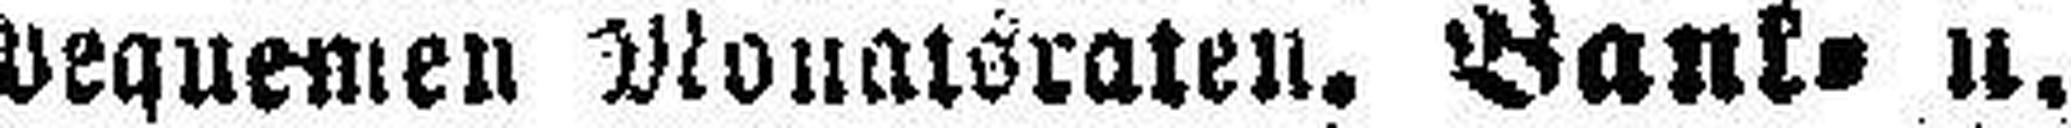
bequemen Monatsraten. Bank= u.